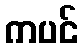
ကပင်